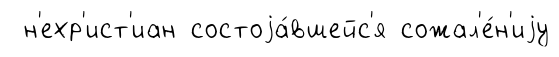
н'ехр'ист'иан состоjа́вшейс'я сожал'е́н'иjу